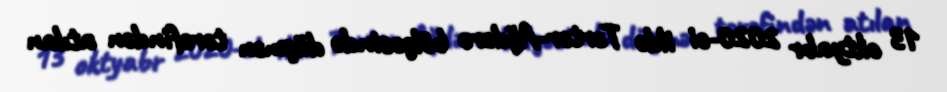
13 oktyabr 2020-ci ildə Tərtər-Ağdərə bölgəsində düşmən tərəfindən atılan